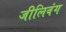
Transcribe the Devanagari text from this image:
जीलिवंग